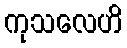
ကုသလေဟိ